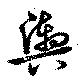
輿